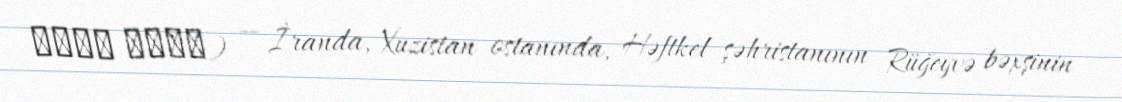
گندک عیسی) — İranda, Xuzistan ostanında, Həftkel şəhristanının Rüğeyvə bəxşinin